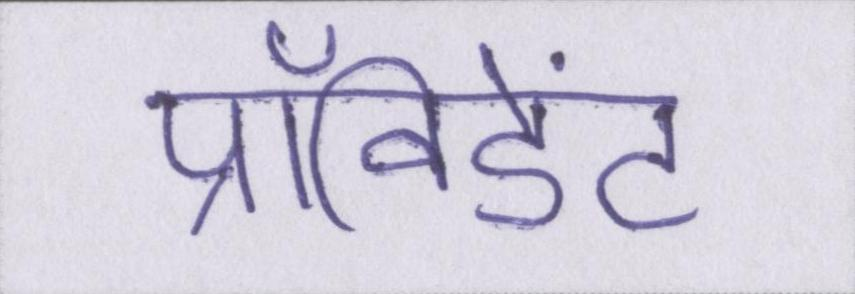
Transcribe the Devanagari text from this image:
प्रॉविडेंट